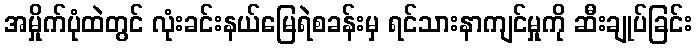
အမှိုက်ပုံထဲတွင် လုံးခင်းနယ်မြေရဲစခန်းမှ ရင်သားနာကျင်မှုကို ဆီးချုပ်ခြင်း